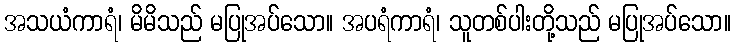
အသယံကာရံ၊ မိမိသည် မပြုအပ်သော။ အပရံကာရံ၊ သူတစ်ပါးတို့သည် မပြုအပ်သော။